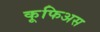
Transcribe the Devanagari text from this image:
कूफिअस